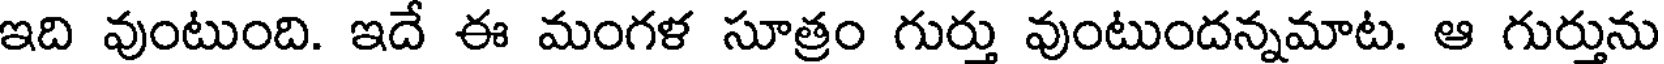
ఇది వుంటుంది. ఇదే ఈ మంగళ సూత్రం గుర్తు వుంటుందన్నమాట. ఆ గుర్తును